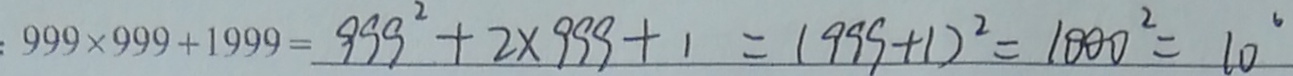
: 9 9 9 \times 9 9 9 + 1 9 9 9 = 9 9 9 ^ { 2 } + 2 \times 9 9 9 + 1 = ( 9 9 9 + 1 ) ^ { 2 } = 1 0 0 0 ^ { 2 } = 1 0 ^ { 6 }